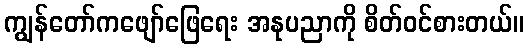
ကျွန်တော်ကဖျော်ဖြေရေး အနုပညာကို စိတ်ဝင်စားတယ်။